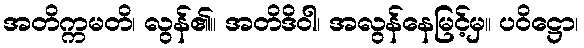
အတိက္ကမတိ၊ လွန်၏။ အတိဒိဝါ၊ အလွန်နေမြင့်မှ။ ပဝိဋ္ဌော၊